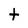
Character: t